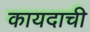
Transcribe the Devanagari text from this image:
कायदाची